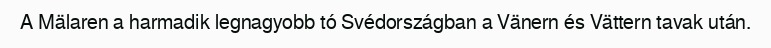
A Mälaren a harmadik legnagyobb tó Svédországban a Vänern és Vättern tavak után.